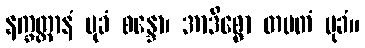
နက္ခတ္တာနံ မုခံ စန္ဒော၊ အာဒိစ္စော တပတံ မုခံ။